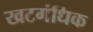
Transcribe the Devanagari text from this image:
खटगंधिक